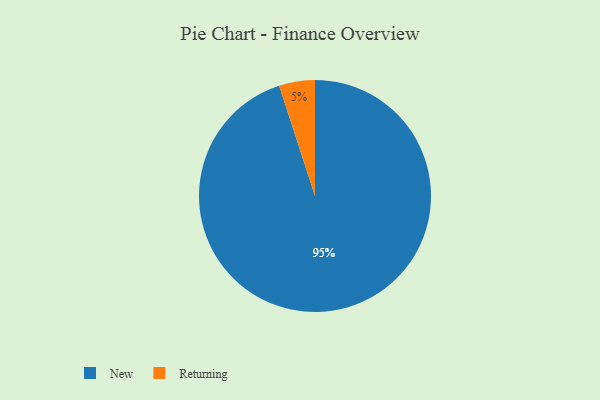
{"axis": {"x": "Category", "y": "Percentage"}, "legend": ["New", "Returning"], "data": [{"x": "New", "y": 95, "type": "New"}, {"x": "Returning", "y": 5, "type": "Returning"}]}